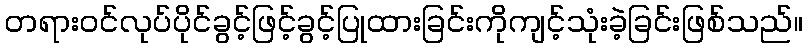
တရားဝင်လုပ်ပိုင်ခွင့်ဖြင့်ခွင့်ပြုထားခြင်းကိုကျင့်သုံးခဲ့ခြင်းဖြစ်သည်။